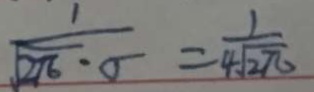
\frac { 1 } { \sqrt { 2 \pi } \cdot 5 } = \frac { 1 } { 4 \sqrt { 2 \pi } }